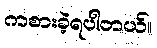
ကစားခဲ့ရပါတယ်။